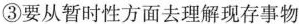
③要从暂时性方面去理解现存事物